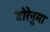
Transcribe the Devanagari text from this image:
डोरेनुमा